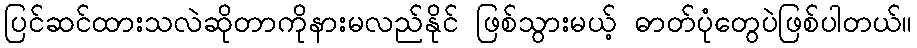
ပြင်ဆင်ထားသလဲဆိုတာကိုနားမလည်နိုင် ဖြစ်သွားမယ့် ဓာတ်ပုံတွေပဲဖြစ်ပါတယ်။